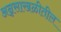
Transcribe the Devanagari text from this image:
अन्नसाखळीतील